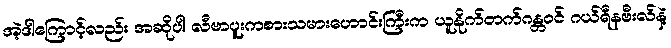
အဲ့ဒါကြောင့်လည်း အဆိုပါ လီဗာပူးကစားသမားဟောင်းကြီးက ယူနိုက်တက်ဂန္တဝင် ဂယ်ရီနဗီးလ်နဲ့